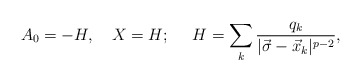
\begin{align*}A_0=-H,\ \ \ X=H;\ \ \ \ H=\sum_k{{q_k}\over{|\vec{\sigma}-\vec{x}_k|^{p-2}}},\end{align*}